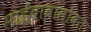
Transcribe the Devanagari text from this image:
साईंबाबांसोबत